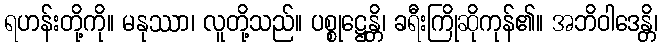
ရဟန်းတို့ကို။ မနုဿာ၊ လူတို့သည်။ ပစ္စုဋ္ဌေန္တိ၊ ခရီးကြိုဆိုကုန်၏။ အဘိဝါဒေန္တိ၊